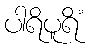
ပါရိပူရိံ